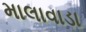
માલાવાડા